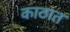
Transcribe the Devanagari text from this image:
काठात